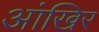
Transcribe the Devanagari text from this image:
आंखिर